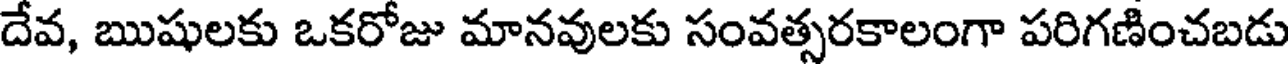
దేవ, ఋషులకు ఒకరోజు మానవులకు సంవత్సరకాలంగా పరిగణించబడు